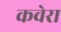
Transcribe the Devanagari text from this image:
कवेरा